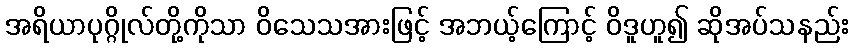
အရိယာပုဂ္ဂိုလ်တို့ကိုသာ ဝိသေသအားဖြင့် အဘယ့်ကြောင့် ဝိဒူဟူ၍ ဆိုအပ်သနည်း